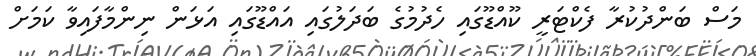
މަސް ބަންދުކުރާ ފެކްޓަރީ ކޫއްޑޫގައި ހެދުމުގެ ބަދަލުގައި އައްޑޫގައި އަޅަން ނިންމާފައިވާ ކަމަށް